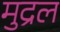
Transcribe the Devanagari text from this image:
मुद्रल